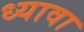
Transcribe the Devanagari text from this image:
ध्यावा